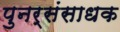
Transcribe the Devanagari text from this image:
पुनर्संसाधक